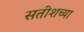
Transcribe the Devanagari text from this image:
सतीशच्या